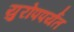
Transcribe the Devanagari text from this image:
युरोपपर्यंत